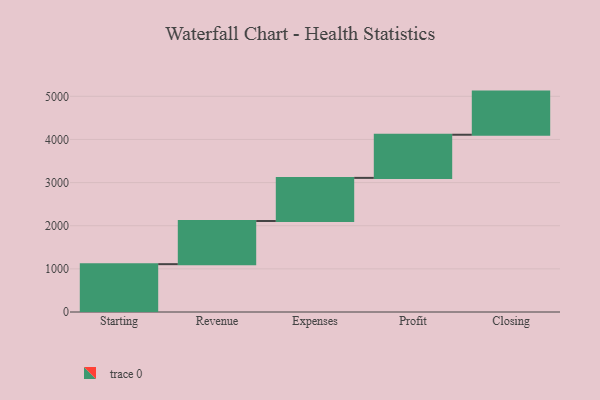
{"axis": {"x": "Step", "y": "Value"}, "legend": [""], "data": [{"x": "Starting", "y": 1109.0, "type": ""}, {"x": "Revenue", "y": 1000, "type": ""}, {"x": "Expenses", "y": 1000, "type": ""}, {"x": "Profit", "y": 1000, "type": ""}, {"x": "Closing", "y": 1000, "type": ""}]}